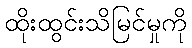
ထိုးထွင်းသိမြင်မှုကို